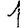
Digit: 1